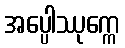
အပ္ပေါဿုက္ကေ